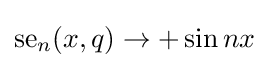
{\text{se}}_{n}(x,q)\rightarrow +\sin nx